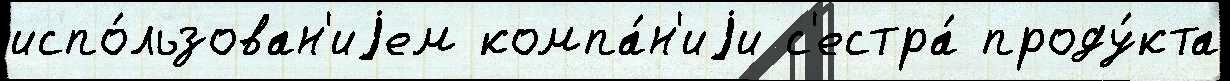
испо́льзован'иjем компа́н'иjи с'естра́ проду́кта